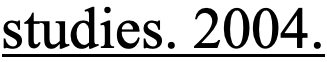
studies. 2004.